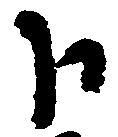
下